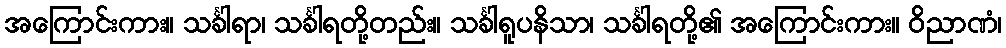
အကြောင်းကား။ သင်္ခါရာ၊ သင်္ခါရတို့တည်း။ သင်္ခါရူပနိသာ၊ သင်္ခါရတို့၏ အကြောင်းကား။ ဝိညာဏံ၊